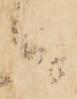
候